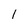
Character: 1